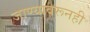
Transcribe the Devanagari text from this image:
जाण्यावरूनही